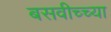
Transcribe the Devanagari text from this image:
बसवीच्च्या